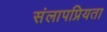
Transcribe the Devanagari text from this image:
संलापप्रियता